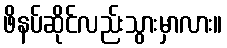
ဖိနပ်ဆိုင်လည်းသွားမှာလား။